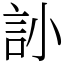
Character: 䚱